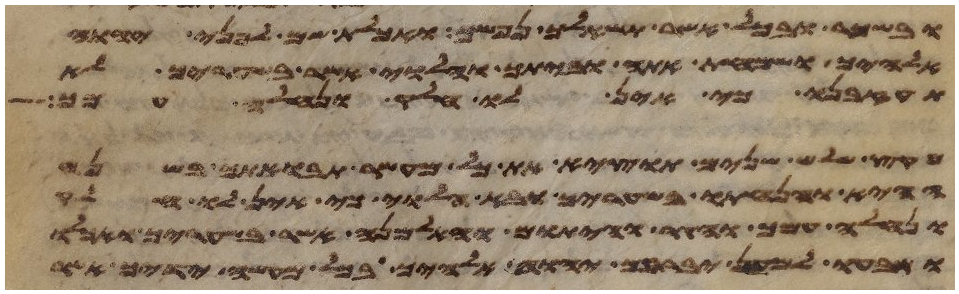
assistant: ובשכר ובכל אשר תשאלך נפשך ואכלת שם לפני יהוה
אלהיך ושמחת אתה וביתך והלוי אשר בשעריך לא
תעזבנו כי אין לו חלק ונחלה עמך
מקץ שלש שנים תוצא את כל מעשר תבואתך בשנה
ההיא והנחתו בשעריך ובא הלוי כי אין לו חלק
ונחלה עמך והגר והיתום והאלמנה אשר בשעריך ואכלו
ושבעו למען יברכך יהוה אלהיך בכל מעשה ידיך אשר